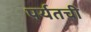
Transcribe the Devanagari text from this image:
पर्यतची